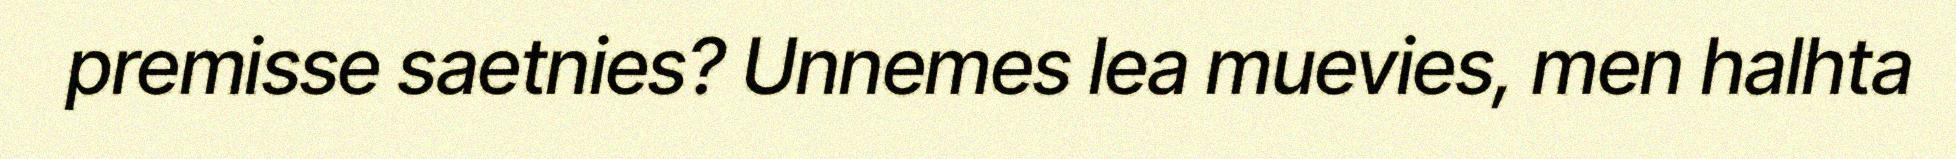
premisse saetnies? Unnemes lea muevies, men halhta